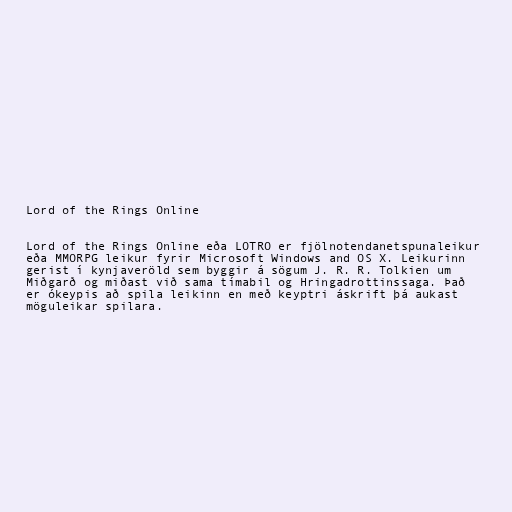
Lord of the Rings Online

Lord of the Rings Online eða LOTRO er fjölnotendanetspunaleikur
eða MMORPG leikur fyrir Microsoft Windows and OS X. Leikurinn
gerist í kynjaveröld sem byggir á sögum J. R. R. Tolkien um
Miðgarð og miðast við sama tímabil og Hringadrottinssaga. Það
er ókeypis að spila leikinn en með keyptri áskrift þá aukast
möguleikar spilara.